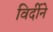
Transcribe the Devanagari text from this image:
विर्दीने